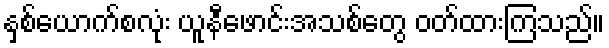
နှစ်ယောက်စလုံး ယူနီဖောင်းအသစ်တွေ ဝတ်ထားကြသည်။